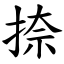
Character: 捺